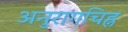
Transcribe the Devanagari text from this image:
अनुरागचिह्न